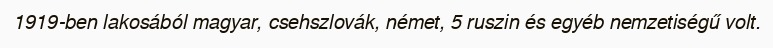
1919-ben lakosából magyar, csehszlovák, német, 5 ruszin és egyéb nemzetiségű volt.